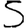
Digit: 5